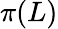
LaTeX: \pi(L)